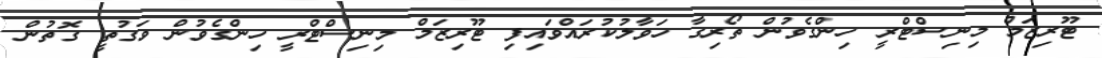
ޓޫރިޒަމް މިނިސްޓްރީ ހިންގެވުން ތޯރިގާ ހަވާލުކުރައްވައިފި ޓޫރިޒަމް މިނިސްޓްރީ ހިންގެވުން ވަގުތީ ގޮތުން